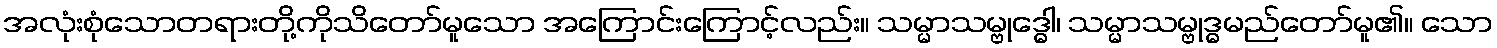
အလုံးစုံသောတရားတို့ကိုသိတော်မူသော အကြောင်းကြောင့်လည်း။ သမ္မာသမ္ဗုဒ္ဓေါ၊ သမ္မာသမ္ဗုဒ္ဓမည်တော်မူ၏။ သော